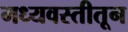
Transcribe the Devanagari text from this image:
मध्यवस्तीतून